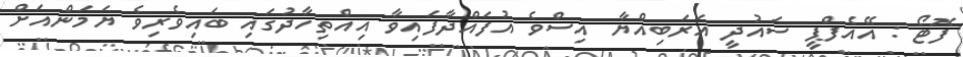
ފޮޓޯ : އޭއެފްޕީ ސައުދީ އަރަބިއްޔާ އިސްވެ އުފައްދާފައިވާ އިއްތިހާދުގައި ބައިވެރިވެ ޔަމަންއަށް